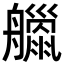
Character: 𦪴